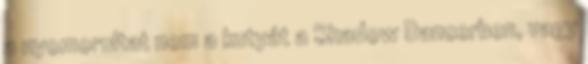
a nyomorultat nem a kutyát a Shadow Dancerben, vagy